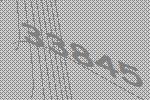
33845